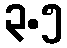
၃.၅